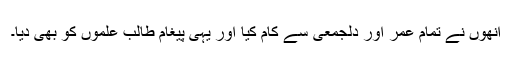
انھوں نے تمام عمر اور دلجمعی سے کام کیا اور یہی پیغام طالب علموں کو بھی دیا۔